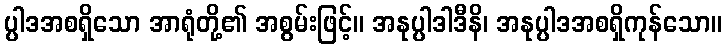
ပ္ပါဒအစရှိသော အာရုံတို့၏ အစွမ်းဖြင့်။ အနုပ္ပါဒါဒီနိ၊ အနုပ္ပါဒအစရှိကုန်သော။